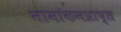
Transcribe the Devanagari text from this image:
नामांकनप्राप्त